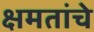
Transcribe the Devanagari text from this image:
क्षमतांचे